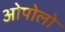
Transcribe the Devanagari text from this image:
ओपोलो